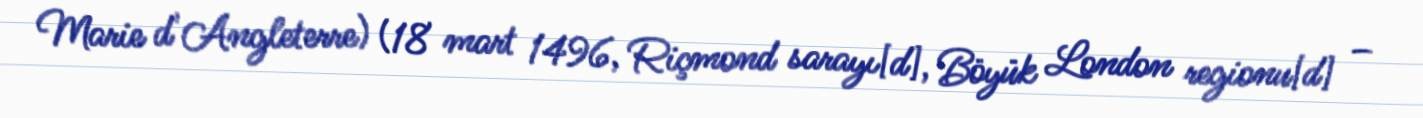
Marie d'Angleterre) (18 mart 1496, Riçmond sarayı[d], Böyük London regionu[d] –